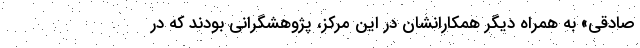
صادقی» به همراه دیگر همکارانشان در این مرکز، پژوهشگرانی بودند که در